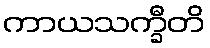
ကာယသက္ခီတိ